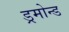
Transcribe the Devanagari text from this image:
ड्रमोन्ड